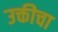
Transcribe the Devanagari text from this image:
उक्तीचा